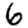
Digit: 6